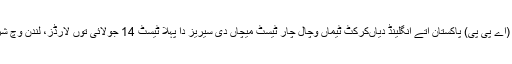
11 جولائی (اے پی پی) پاکستان اتے انگلینڈ دیاںکرکٹ ٹیماں وچال چار ٹیسٹ میچاں دی سیریز دا پہلا ٹیسٹ 14 جولائی توں لارڈز، لندن وچ شروع تھیسی۔